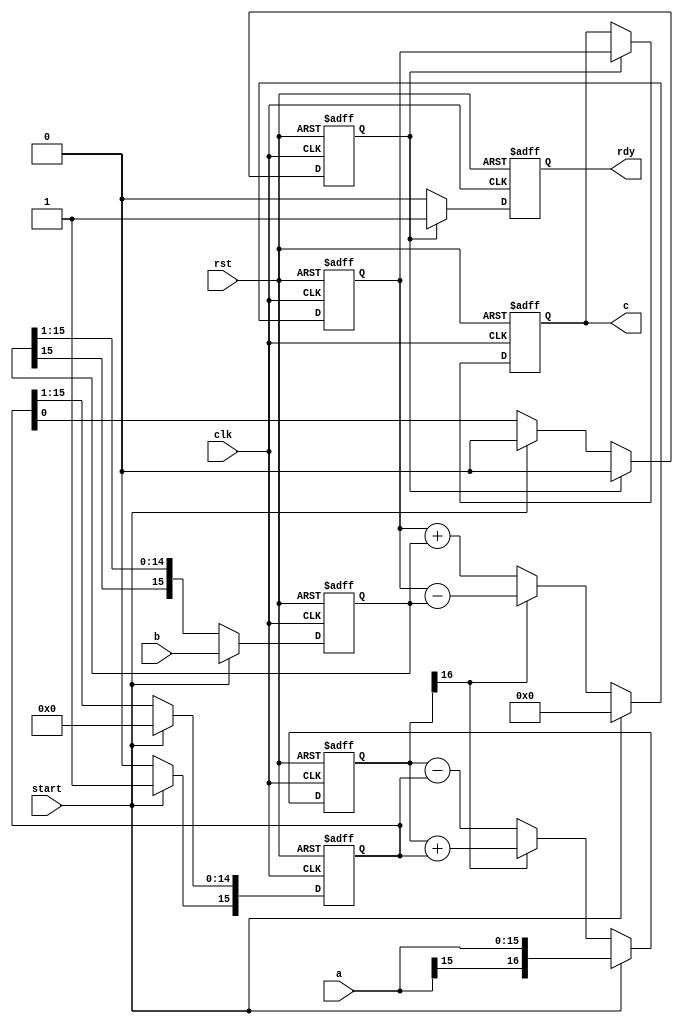
module cordic_mult_core
    #(parameter N=16)           //Inputs/outputs width
    (input clk,                 //Clock
     input rst,                 //Asynchronous reset
     input [N-1:0]a,            //Multiplier signed (0 bits of integer part, N-1 bits of fractional part)
     input [N-1:0]b,            //Multiplier signed (0 bits of integer part, N-1 bits of fractional part)
     input start,               //Start strobe
     output reg [N-1:0]c,       //Product signed (0 bits of integer part, N-1 bits of fractional part)
     output reg rdy);           //Ready flag
    
reg [N:0]x/*verilator public*/;         //Cordic variable x 
reg [N-1:0]y;       //Cordic variable y
reg [N-1:0]z;       //Cordic result
    
reg [N-1:0]subs;    //x correction buffer (stores value for x correction on the next step)
reg finish;         //Ready flag
    
always @(posedge clk, posedge rst)
    if(rst)
        begin
          x<=0;
          y<=0;
          z<=0; 
          subs[N-1]<=0;
          subs[N-2:0]<=0;
          c<=0;
          rdy <=0;
          finish <=0;
        end else
            begin
                if(start)
                    begin
                      x<={a[N-1],a};        //Parameter initialization on start
                      y<=b;                 
                      z<=0;                 
                      subs[N-1]<=1;        //setting subs into integer 1
                      subs[N-2:0]<=0;
                      finish <= 0;
                    end else
                    if(x[N])                        //if x<0
                    begin
                        x <= x + {1'b0,subs};       //x=x+2^-i
                        y <= {y[N-1],y[N-1:1]};     //y=y/2
                        z <= z - y;                 //z=z-y
                        {subs,finish} <= {1'b0,subs[N-1:0]};   //subs=subs/2
                    end else
                    begin                           //if x>=0
                        x <= x - {1'b0,subs};       //x=x-2^i
                        y <= {y[N-1],y[N-1:1]};     //y=y/2
                        z <= z + y;                 //z=z+y
                        {subs,finish} <= {1'b0,subs[N-1:0]};   //subs=subs/2
                    end
                    if(finish)                      //If subs=0 then multiplication is finished
                        begin                      
                           rdy<=1;                  //Setting ready flag
                           c <= z;                  //Saving result in c output
                           finish <= 0;
                        end else
                            rdy<=0;   
            end
endmodule